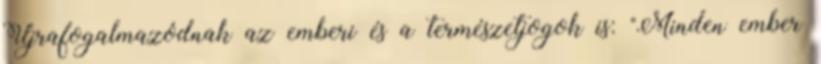
Újrafogalmazódnak az emberi és a természetjogok is: "Minden ember